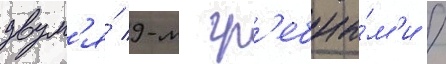
двум'я́ 9-м гр'ебны́м'и /